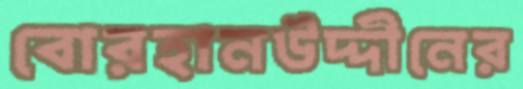
বোরহানউদ্দীনের